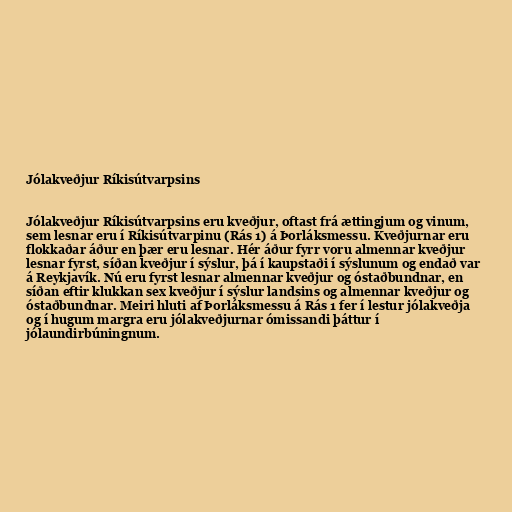
Jólakveðjur Ríkisútvarpsins

Jólakveðjur Ríkisútvarpsins eru kveðjur, oftast frá ættingjum og vinum,
sem lesnar eru í Ríkisútvarpinu (Rás 1) á Þorláksmessu. Kveðjurnar eru
flokkaðar áður en þær eru lesnar. Hér áður fyrr voru almennar kveðjur
lesnar fyrst, síðan kveðjur í sýslur, þá í kaupstaði í sýslunum og endað var
á Reykjavík. Nú eru fyrst lesnar almennar kveðjur og óstaðbundnar, en
síðan eftir klukkan sex kveðjur í sýslur landsins og almennar kveðjur og
óstaðbundnar. Meiri hluti af Þorláksmessu á Rás 1 fer í lestur jólakveðja
og í hugum margra eru jólakveðjurnar ómissandi þáttur í
jólaundirbúningnum.